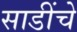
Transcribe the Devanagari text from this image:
साडींचे